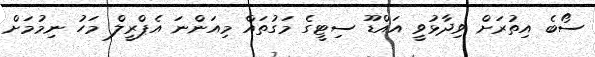
ސޯބެ އިތުރަށް ވިދާޅުވީ އައްޑޫ ސިޓީގެ މަގުތައް މިއަންނަ އެޕްރީލް މަހު ނިމުމަށް